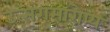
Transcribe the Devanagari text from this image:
उत्संगमारोप्य